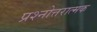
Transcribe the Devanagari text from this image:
प्रश्नोत्तरात्मक